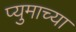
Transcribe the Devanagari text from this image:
प्युमाच्या